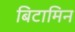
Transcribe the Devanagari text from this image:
बिटामिन